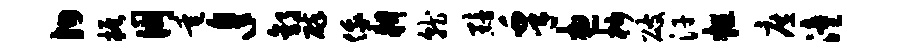
殉振朋垂遑郭碎俄耕就黯皋想杪破汗粗庶潼